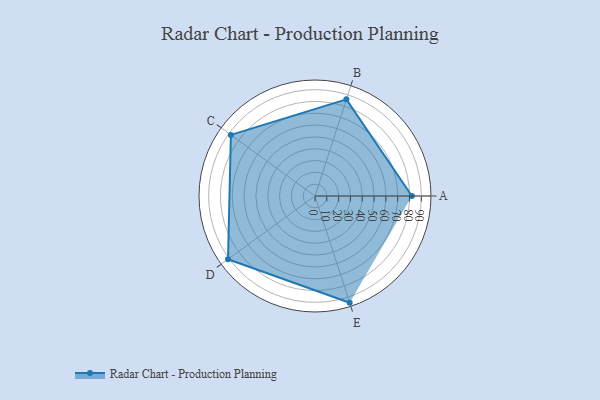
{"axis": {"x": "Skill", "y": "Score"}, "legend": ["Profile"], "data": [{"x": "A", "y": 82.0, "type": "Profile"}, {"x": "B", "y": 86.0, "type": "Profile"}, {"x": "C", "y": 88.0, "type": "Profile"}, {"x": "D", "y": 91.0, "type": "Profile"}, {"x": "E", "y": 95.0, "type": "Profile"}]}